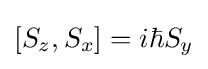
[S_{z},S_{x}]=i\hbar S_{y}